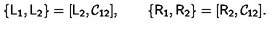
\{ \mathsf { L _ { 1 } } , \mathsf { L _ { 2 } } \} = [ \mathsf { L _ { 2 } } , \mathsf { \mathcal { C } _ { 1 2 } } ] , \qquad \{ \mathsf { R _ { 1 } } , \mathsf { R _ { 2 } } \} = [ \mathsf { R _ { 2 } } , \mathsf { \mathcal { C } _ { 1 2 } } ] .